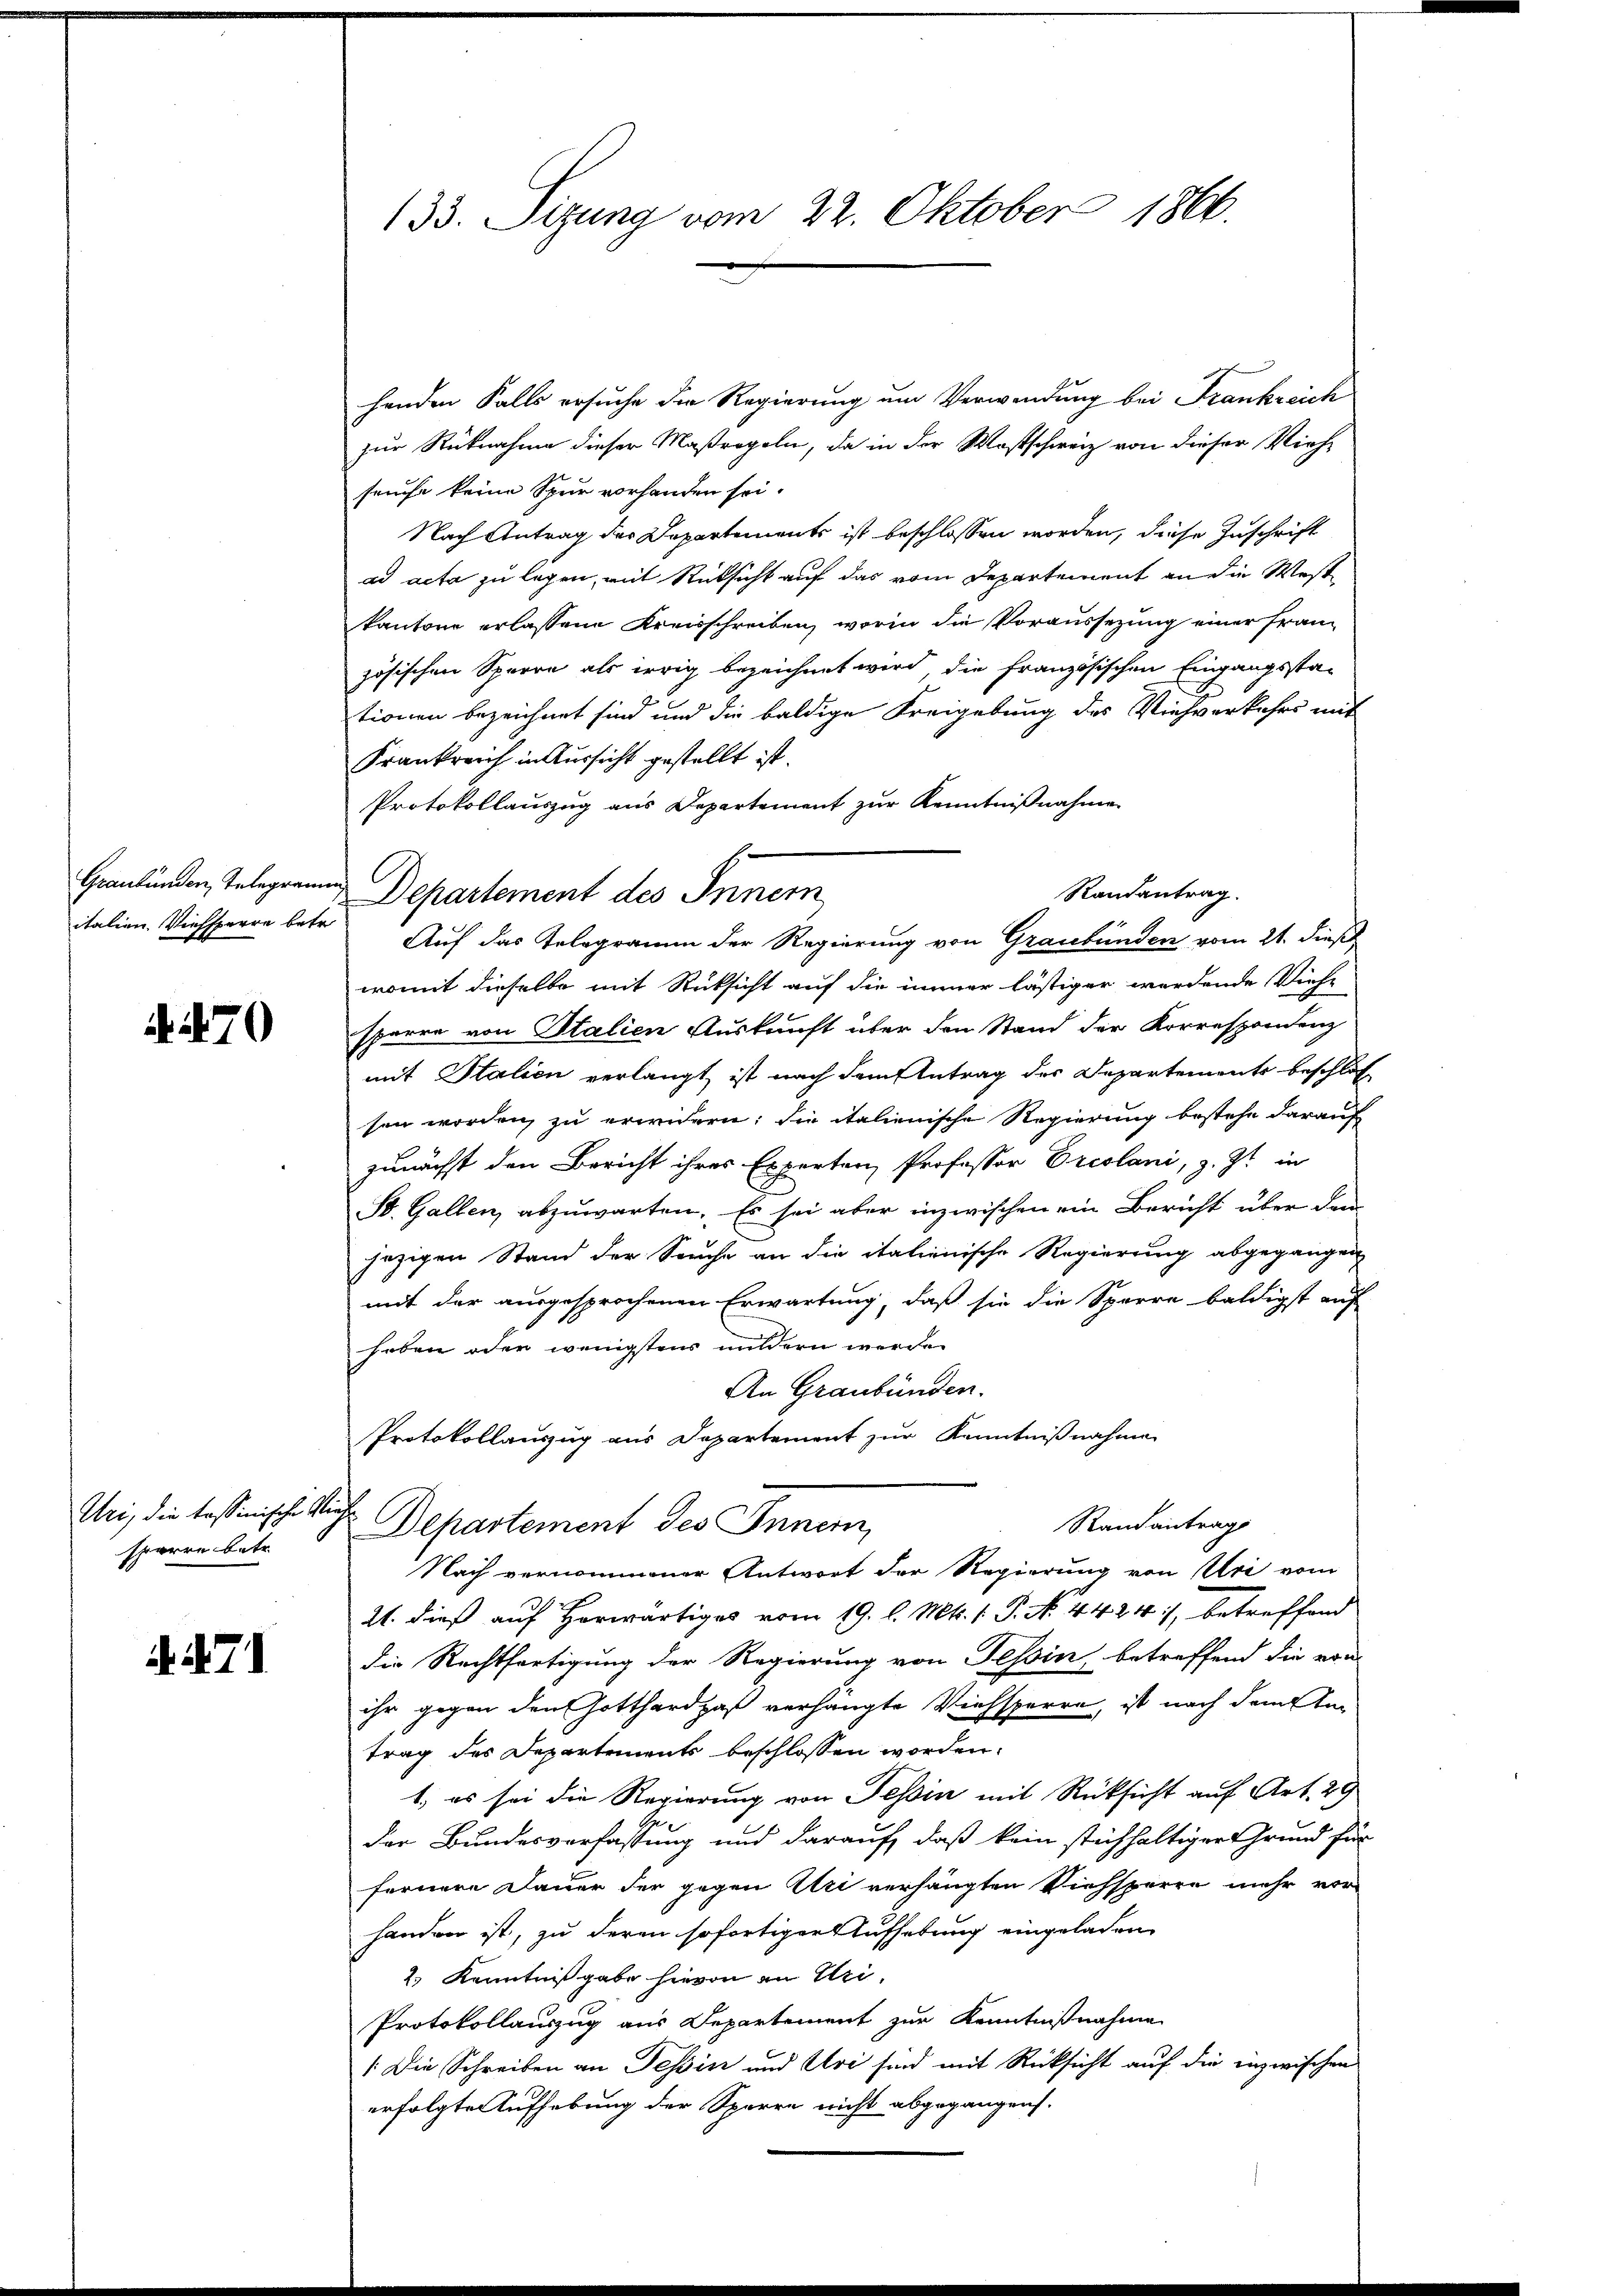
470

Uri, die tessinische Siche
sparre betr.

. . . .

133. Sitzung vom 22. Oktober 1866.

henden Falls ersuche die Regierung um Verwendung bei Frankreich
zur Rücknahme dieser Maßregeln, da in der Wostschweiz von dieser Vieh-
hause keine Spur vorhanden sei.
Nach Antrag der Departements ist beschlossen worden, diese Zuschrift
ad acta zu legen, mit Rücksicht auf das vom Departement an die West
kantone erlassene Kreisschreiben, worin die Voraussezung einer Französischen Sperre als irrig bezeichnet wird, die französischen Eingangssta-
tionen bezeichnet sind und die baldige Freigebung des Viehverkehrs mit
Frankreich in Aussicht gestellt ist.
Protokollauszug aus Departement zur Kenntnißnahme
italien. Viehsperre betr. Auf das Telegramm der Regierung von Graubünden vom 21. dieß
womit dieselbe mit Rücksicht auf die immer lästiger werdende Viehe
sparre von Stalien Auskunft über den Stand der Korrespondenz
mit Italien verlangt, ist nach dem Antrag des Departements beschlos
sen worden, zu erwidern; die italienische Regierung bestehe darauf
zunächst den Bericht ihres Experten Professor Preslani, z. Zt. in
St. Gallen abzuwarten. Es sei aber inzwischen ein Bericht über den
jezigen Stand der Seuche an die italienische Regierung abgegangen
mit der ausgesprochenen Erwartung, daß sie die Sparre baldigst auf
haben oder wenigstens mildern werde.
An Graubünden.
Protokollauszug aus Departement zur Kenntnißnahmen
Randantrags
Departement des Innen,
Nach vernommener Antwort der Regierung von Uri vom
21. dieß auf Horwärtiges vom 19. l. Mts. 1. P. N. 4424), betreffend
die Rechtfertigung der Regierung von Tessin betreffend die von
ihr gegen den Gotthardpaß verhängte Viehsperre, ist nach dem Antrag des Departements beschlossen worden.
1. es sei die Regierung von Tessin mit Rücksicht auf Art. 29
der Bundesverfassung und darauf, daß kein stichhaltiger Grund für
fernere Dauer der gegen Uri verhängten Viehsperre mehr vor-
handern ist, zu deren sofortiger Aufhebung eingeladen
2.) Kenntnißgabe hievon an Uri,
Protokollauszug aus Departement zur Kenntnißnahme
/ Die Schreiben an Tessin und Uri sind mit Rücksicht auf die inzwischen
erfolgte Aufhebung der Sperre nicht abgegangen.

Graubünden, Telegramm Departement des Innern

Randantrag.